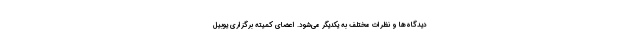
دیدگاه‌ها و نظرات مختلف به یکدیگر می‌شود. اعضای کمیته برگزاری یوبیل